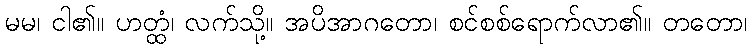
မမ၊ ငါ၏။ ဟတ္ထံ၊ လက်သို့။ အပိအာဂတော၊ စင်စစ်ရောက်လာ၏။ တတော၊